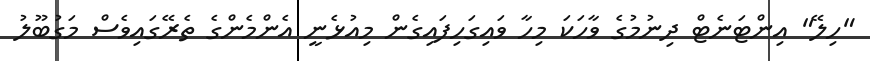
"ހިލޭ" އިންޓަނެޓް ދިނުމުގެ ވާހަކަ މިހާ ވައިގަހިފައިގެން މިއުޅެނީ އެންމެންގެ ތެރޭގައިވެސް މަގުބޫލު